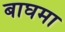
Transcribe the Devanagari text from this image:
बाघमा